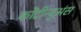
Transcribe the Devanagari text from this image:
कोंटीन्युअंस